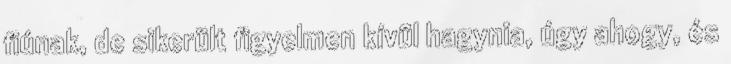
fiúnak, de sikerült figyelmen kívül hagynia, úgy ahogy, és